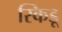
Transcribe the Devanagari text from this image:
स्किडू